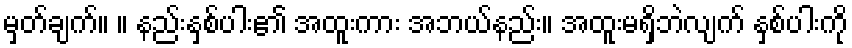
မှတ်ချက်။ ။ နည်းနှစ်ပါး၏ အထူးကား အဘယ်နည်း။ အထူးမရှိဘဲလျက် နှစ်ပါးကို